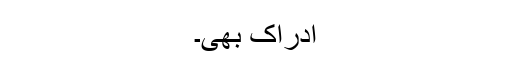
ادراک بھی۔